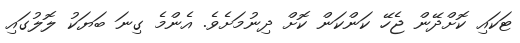
ޓަކައި ކޮށްދޭން ޖެހޭ ކަންކަން ކޮށް ދިނުމަށެވެ. އެންމެ ގިނަ ބަޔަކު ލޮލުގައި